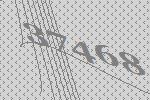
37468